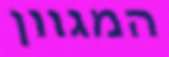
המגוון